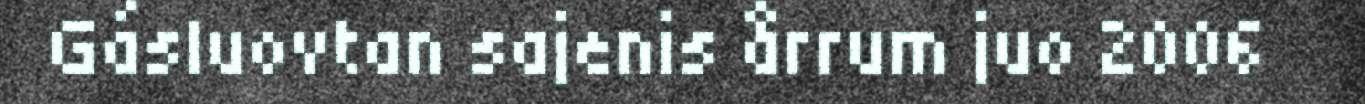
Gásluovtan sajenis årrum juo 2006